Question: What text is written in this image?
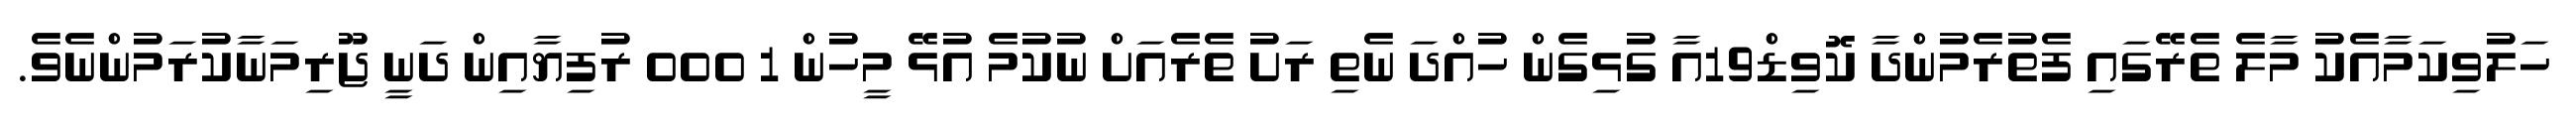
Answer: ހަލުވިކަމާއެކު މާލެ ތެރޭގައި ފެތުރެމުންދާ ކޮވިޑް19އާ ގުޅިގެން ހުއްދަ ނެތި ރަށު ތެރެއަށް ނުކުމެ އުޅޭ މީހުން 1 000 ރުފިޔާއިން ދަނީ ޖޫރިމަނާކުރަމުންނެވެ.